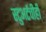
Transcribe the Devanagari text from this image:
स्टुअर्टचीही